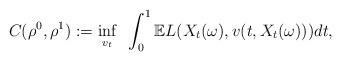
LaTeX: \begin{align*}C(\rho^0,\rho^1):=\inf_{v_t}~\int_0^1 \mathbb{E}L(X_t(\omega), v(t,X_t(\omega))) dt, \end{align*}